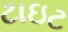
ટાઇટ